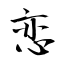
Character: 恋